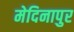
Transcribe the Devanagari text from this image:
मेदिनापुर